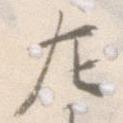
左